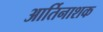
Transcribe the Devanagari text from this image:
आर्तिनाशक